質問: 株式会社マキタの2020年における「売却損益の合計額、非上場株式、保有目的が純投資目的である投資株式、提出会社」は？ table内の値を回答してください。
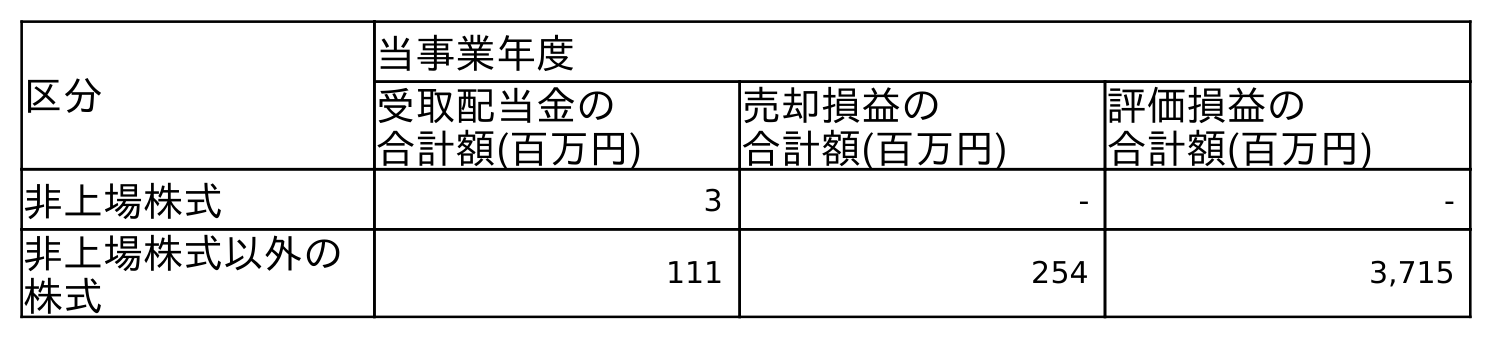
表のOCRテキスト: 区分 当事業年度 受取配当金の 合計額(百万円) 売却損益の 合計額(百万円) 評価損益の 合計額(百万円) 非上場株式 3 - - 非上場株式以外の 株式 111 254 3,715
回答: -